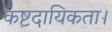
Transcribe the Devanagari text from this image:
कष्टदायिकता।